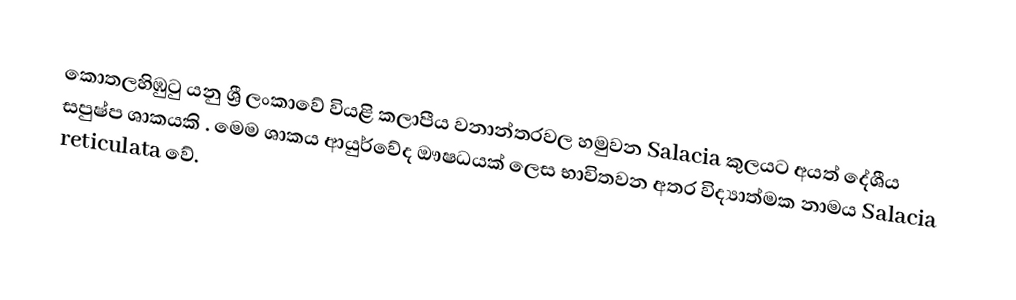
කොතලහිඹුටු  යනු ශ්‍රී ලංකාවේ වියළි කලාපීය වනාන්තරවල හමුවන Salacia කුලයට අයත් දේශීය සපුෂ්ප ශාකයකි . මෙම ශාකය ආයුර්වේද ඖෂධයක් ලෙස භාවිතවන අතර විද්‍යාත්මක නාමය Salacia reticulata වේ.